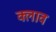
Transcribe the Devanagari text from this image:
क्लाव